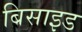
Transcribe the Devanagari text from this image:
बिसाइड